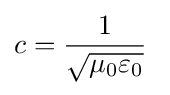
c={\frac {1}{\sqrt {\mu _{0}\varepsilon _{0}}}}~